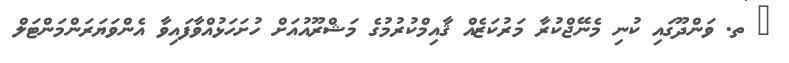
_ ތ. ވަންދޫގައި ކުނި މެނޭޖްކުރާ މަރުކަޒެއް ޤާއިމްކުރުމުގެ މަޝްރޫއުއަށް ހުށަހަޅުއްވާފައިވާ އެންވަޔަރަންމަންޓަލް